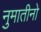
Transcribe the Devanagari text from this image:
नुमातीनो